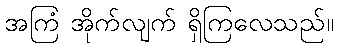
အကြံ အိုက်လျက် ရှိကြလေသည်။